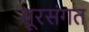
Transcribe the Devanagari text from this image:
सूरसंगत